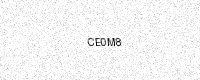
Text: CE0M8